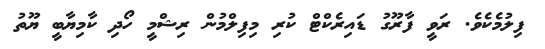
ފިލުމެކެވެ. ރަވީ ފާރޫގު ޑައިރެކްޓް ކުރި މިފިލްމުން ރިޝްމީ ހޯދި ކާމިޔާބީ ޔޫތު